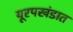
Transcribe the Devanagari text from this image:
यूरपखंडात